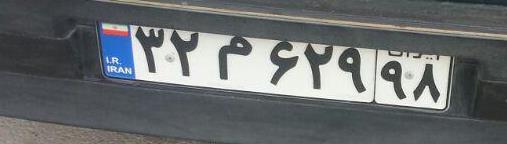
۳۲م۶۲۹۹۸